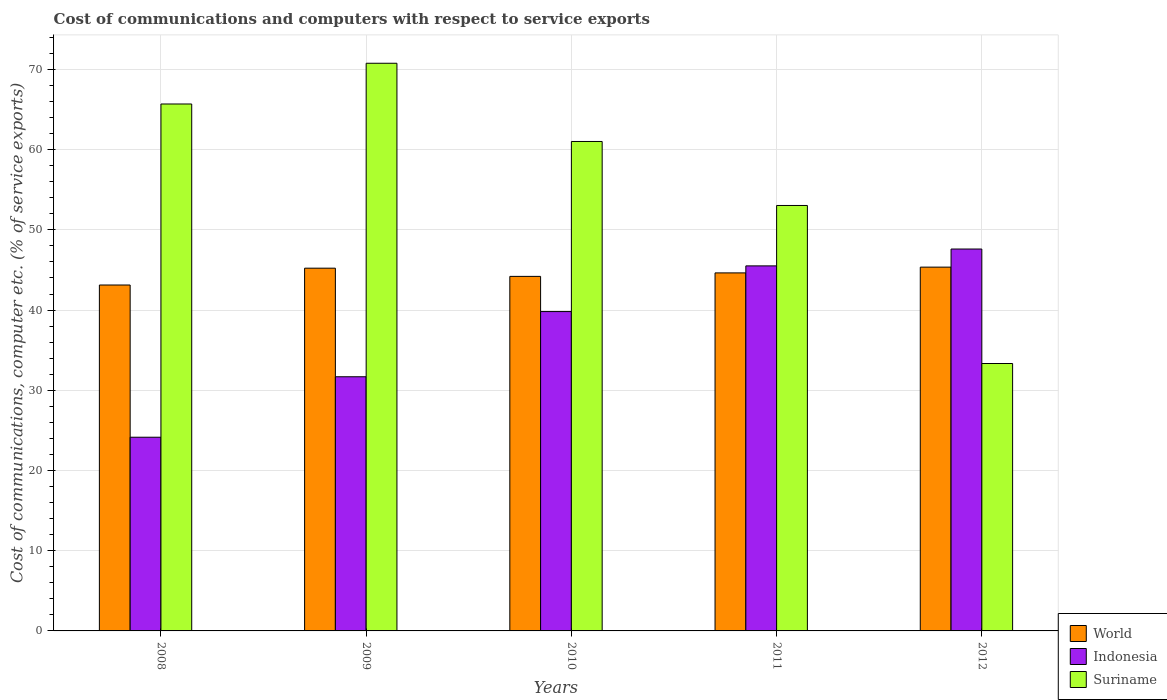
| Years | World | Indonesia | Suriname |
 | --- | --- | --- | --- |
 | 2008 | 43.1 | 24.1 | 65.7 |
 | 2009 | 45.2 | 31.7 | 70.8 |
 | 2010 | 44.2 | 39.8 | 61 |
 | 2011 | 44.6 | 45.5 | 53 |
 | 2012 | 45.4 | 47.6 | 33.3 |